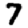
Digit: 7